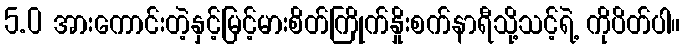
5.0 အားကောင်းတဲ့နှင့်မြင့်မားစိတ်ကြိုက်နှိုးစက်နာရီသို့သင့်ရဲ့ ကိုပိတ်ပါ။